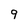
Character: 9